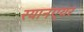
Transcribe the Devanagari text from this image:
रयानएयर